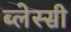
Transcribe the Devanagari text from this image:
ब्लेस्सी